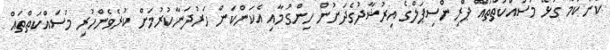
ކަންކަމާ ގުޅޭ މަސައްކަތްތައް ޕްރިންސިޕަލްގެ އިރުޝާދުގެދަށުން ހިންގުމާއި އެކަންކަން ހަރުދަނާކުރުމަށް ކުރެވެންހުރި މަސައްކަތްތައް